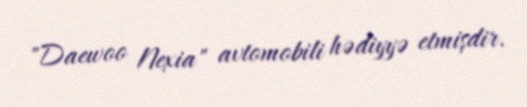
"Daewoo Nexia" avtomobili hədiyyə etmişdir.